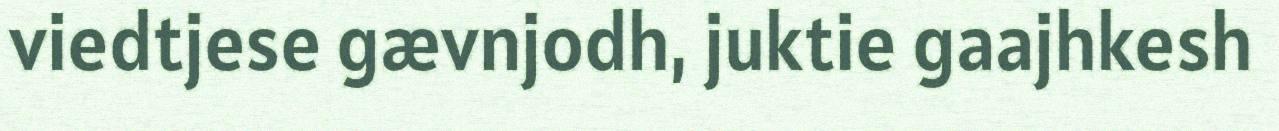
viedtjese gævnjodh, juktie gaajhkesh